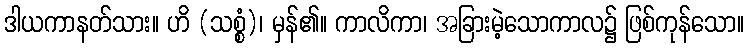
ဒါယကာနတ်သား။ ဟိ (သစ္စံ)၊ မှန်၏။ ကာလိကာ၊ အခြားမဲ့သောကာလ၌ ဖြစ်ကုန်သော။